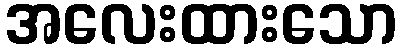
အလေးထားသော